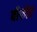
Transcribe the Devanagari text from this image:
बीफोर